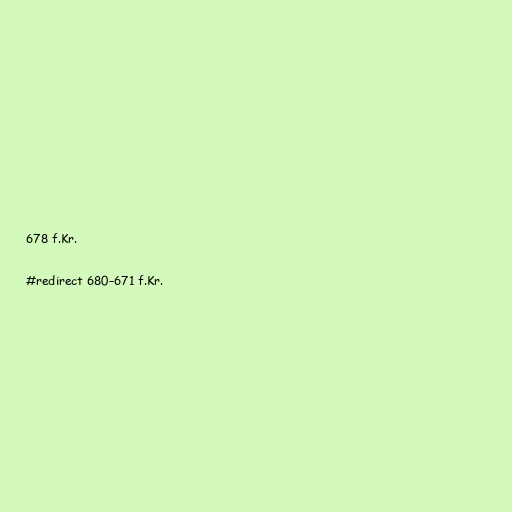
678 f.Kr.

#redirect 680–671 f.Kr.